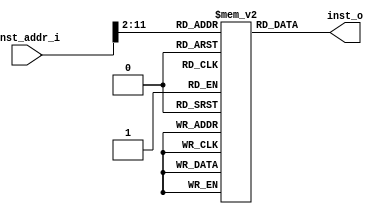
module rom(
    input   wire    [31:0]  inst_addr_i,
    output  reg     [31:0]  inst_o
);


    reg [31:0]  rom_mem[0:1023];

    always@(*) begin
        inst_o = rom_mem[inst_addr_i>>2];
    end




endmodule